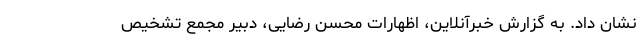
نشان داد. به گزارش خبرآنلاین، اظهارات محسن رضایی، دبیر مجمع تشخیص